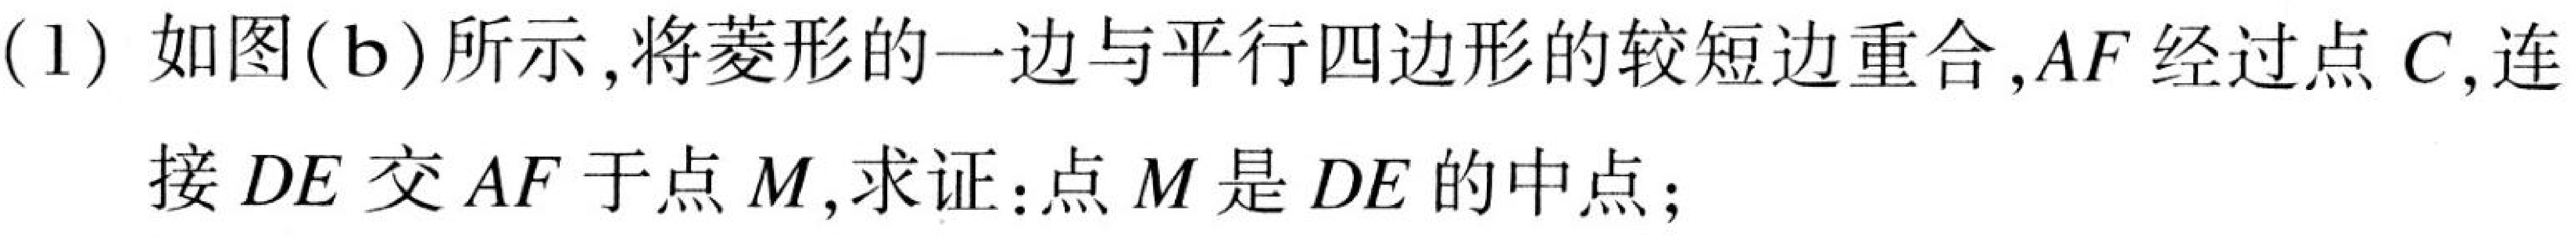
(1) 如图(b)所示,将菱形的一边与平行四边形的较短边重合,$AF$经过点$C$,连接$DE$交$AF$于点$M$,求证:点$M$是$DE$的中点;